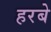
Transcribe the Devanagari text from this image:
हरबे